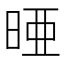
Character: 𪰥